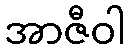
အာဇီဝါ